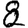
Digit: 8